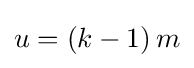
u=\left(k-1\right)m